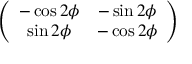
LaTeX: \left( \begin{array} { c c } { { - \cos 2 \phi } } & { { - \sin 2 \phi } } \\ { { \sin 2 \phi } } & { { - \cos 2 \phi } } \end{array} \right)